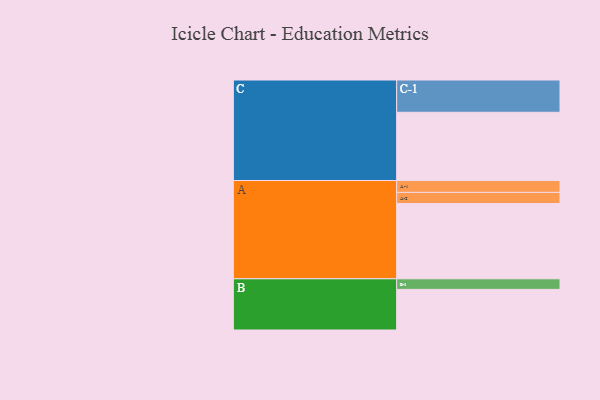
{"axis": {"x": "Segment", "y": "Value"}, "legend": ["", "A", "B", "C"], "data": [{"x": "A", "y": 597, "type": ""}, {"x": "B", "y": 322, "type": ""}, {"x": "C", "y": 541, "type": ""}, {"x": "A-1", "y": 94, "type": "A"}, {"x": "A-2", "y": 88, "type": "A"}, {"x": "B-1", "y": 84, "type": "B"}, {"x": "C-1", "y": 256, "type": "C"}]}